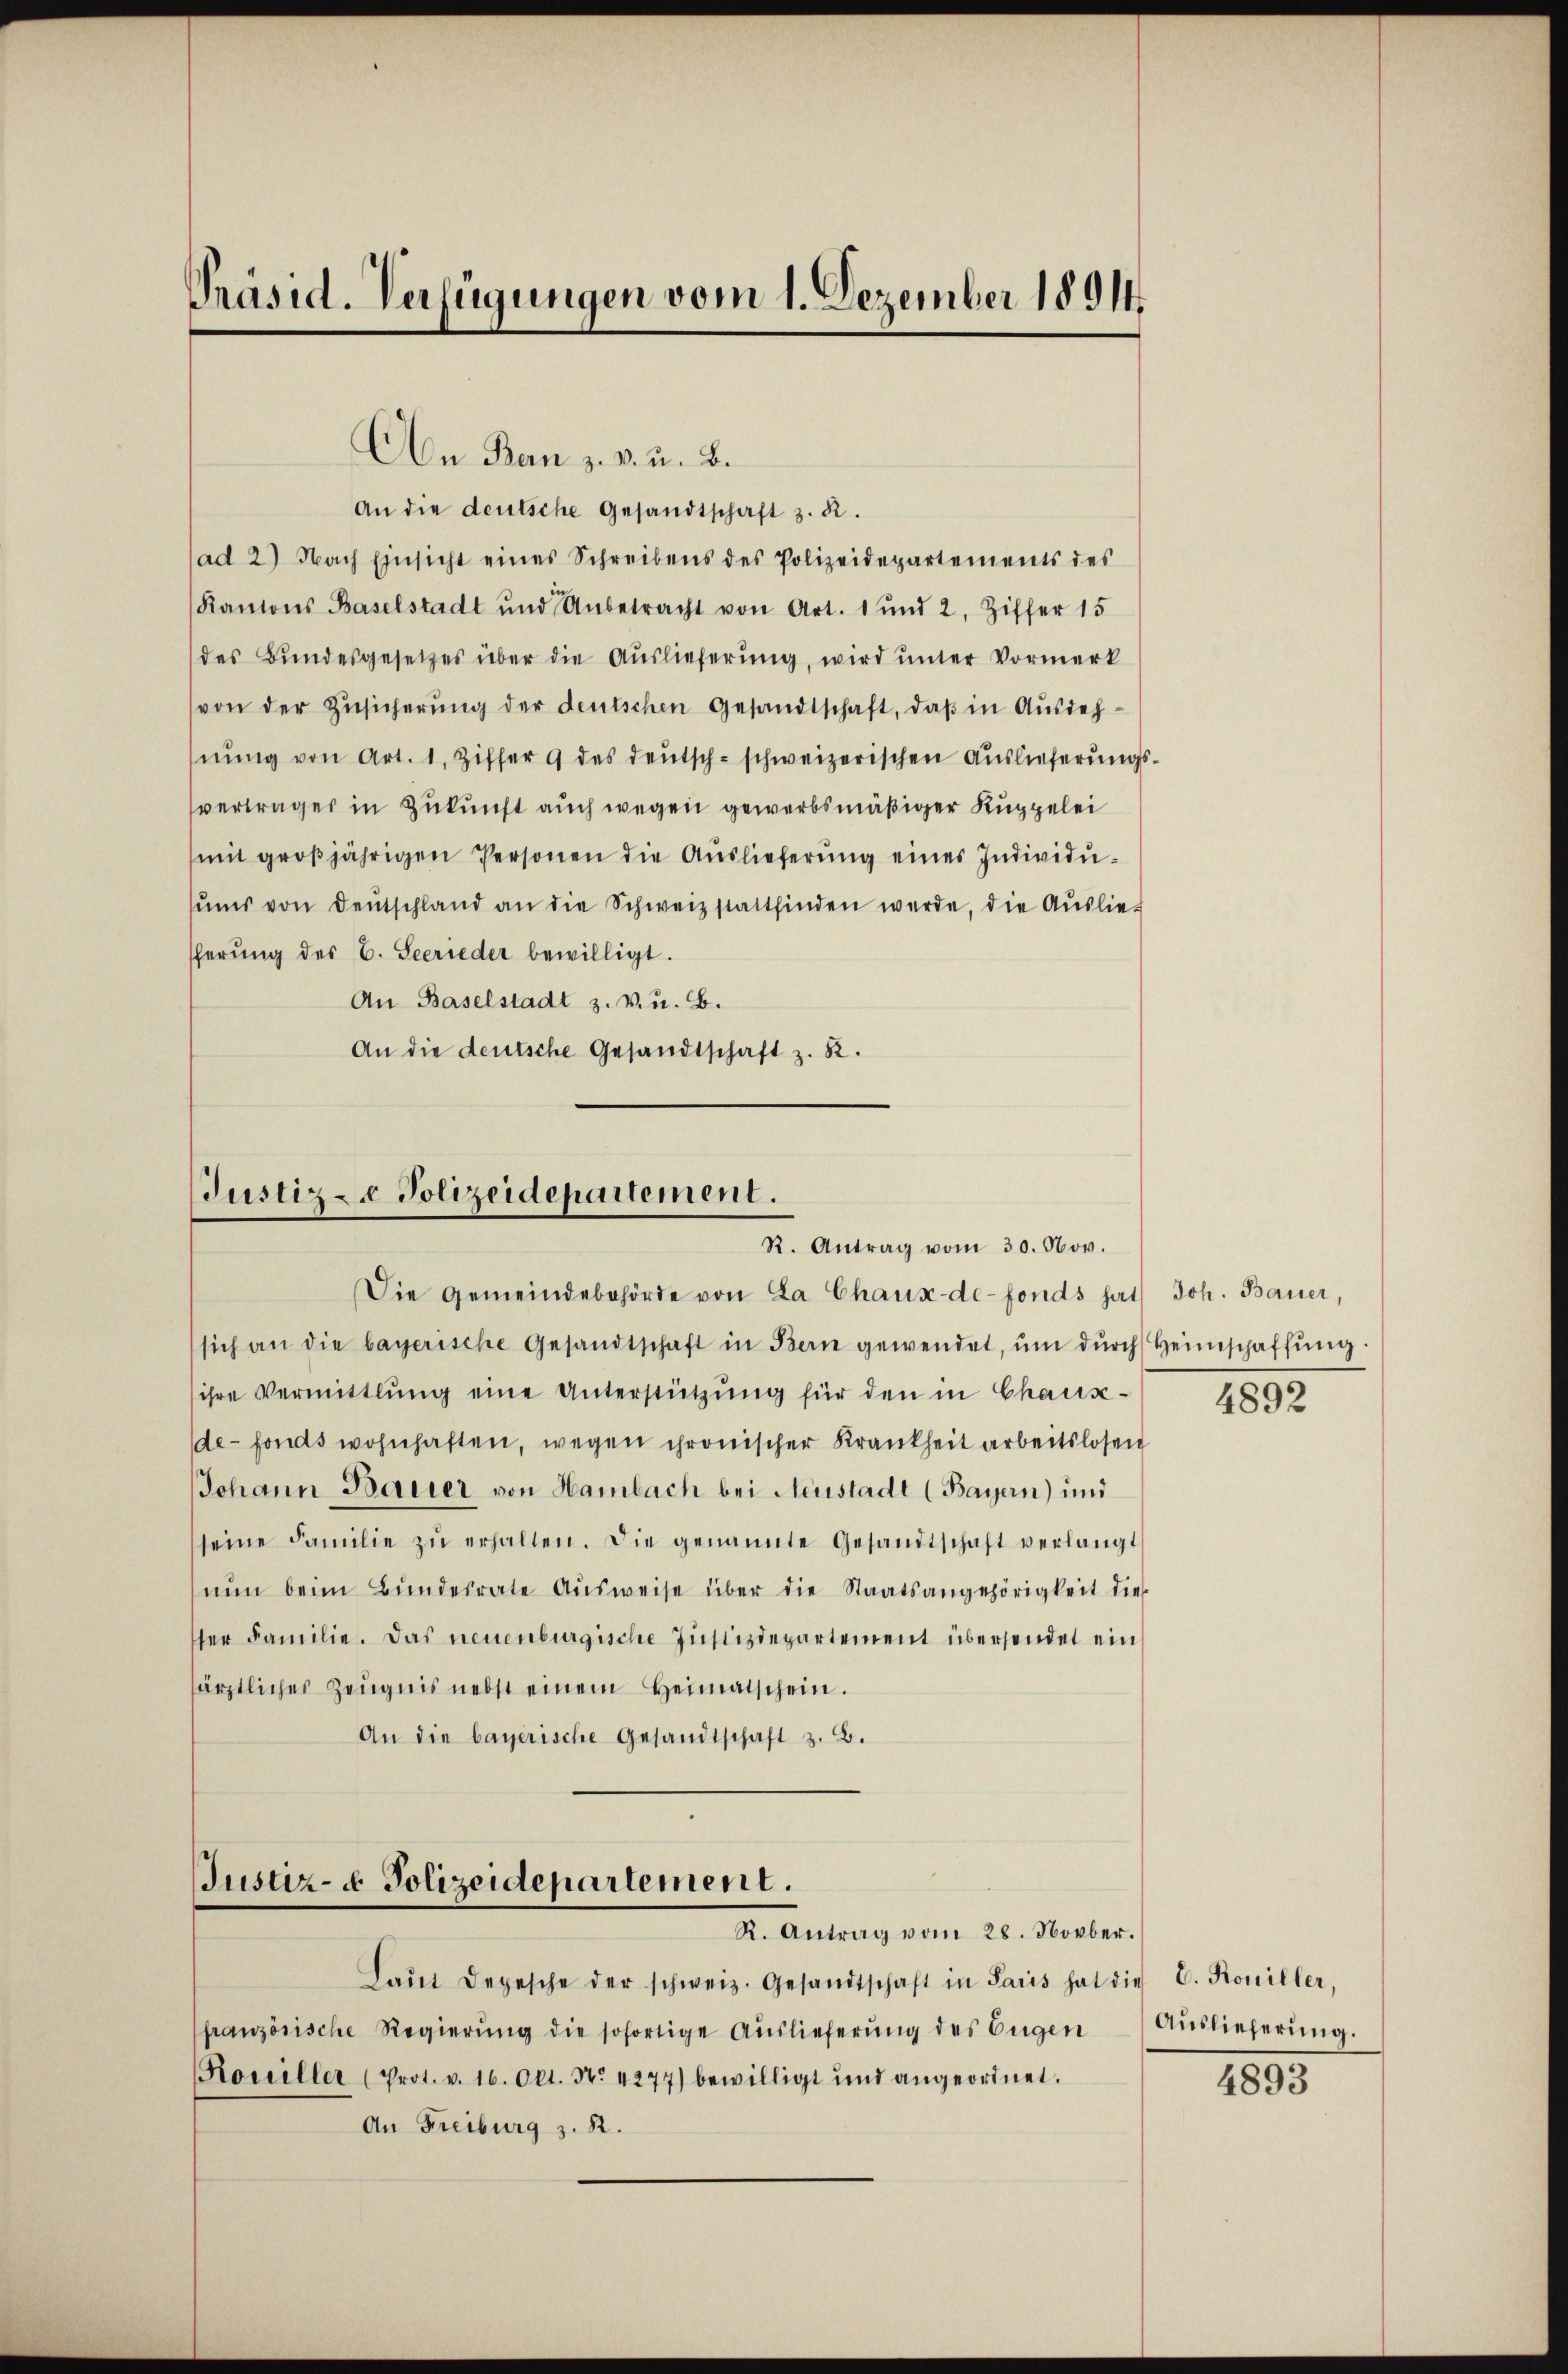
Präsid. Verfügungen vom 1. Dezember 1891

On Ban z. v. u. B.
An die deutsche Gesandtschaft z. B.
ad 2) Nach Einsicht eines Schreibens des Polizeidepartements des
Kantons Baselstadt und Anbetracht von Art. 1 und 2, Ziffer 15
des Bundesgesetzes über die Auslieferung, wird unter Vormerk
von der Zŭsicherŭng der deutschen Gesandtschaft, daβ in Ausdehnŭng von Art. 1. Ziffer 9 des deŭtsch-schweizerischen Auslieferŭngs-
vertrages in Zukunft auch wegen gewerbsmäßiger Kuppelei
mit groβjährigen Personen die Aŭslieferŭng eines Individŭ-
sŭms von Deutschland an die Schweiz stattfinden werde, die Aŭslie-
scherung des C. Secrieder bewilligt.
An Baselstadt z. v. u. B.
An die deutsche Gesandtschaft z. K.

Justiz- & Polizeidepartement.
R. Antrag vom 30. Nov.

Die Gemeindebehörde von La Chaux-de-Fonds hat. Joh. Bauer,
sich an die bayerische Gesandtschaft in Bern gewendet, ŭm dŭrch Heimschaffŭng.
ihre Vermittlung eine Unterstützŭng für den in Chaux-
de-fonds wohnhaften, wegen chronischer Krankheit arbeitslosen
JJohann Bauer von Hambach bei Neustadt (Bayern) und
seine Familie zŭ erhalten. Die genannte Gesandtschaft verlangt
nŭn beim Bŭndesrate Aŭsweise über die Staatsangehörigkeit die
ser Familie. Das neuenburgische Justizdepartement übersendet ein
särztliches Zeŭgnis nebst einem Heimatschein.
An die bayerische Gesandtschaft z. B.

Justiz- & Polizeidepartement.
R. Antrag vom 28. Novber.

Laŭt Depesche der schweiz. Gesandtschaft in Paris hat die E. Koniller,
französische Regierung die sofortige Auslieferung des Eugen
Rouiller (Prot. v. 16. Okt. No. 4277) bewilligt und angeordnet.
An Freiburg z. R.

4892

Auslieferung.

4893